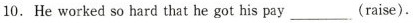
10. He worked so hard that he got his pay___(raise).